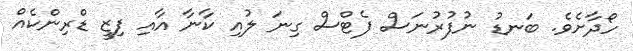
ހޯދާށެވެ. ބަނޑު ނުފުރުނަސް ފެޓްސް ގިނަ ލުއި ކާނާ އާއި ފިޒީ ޑްރިންކެއް